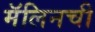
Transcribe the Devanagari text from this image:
मॅलिनची